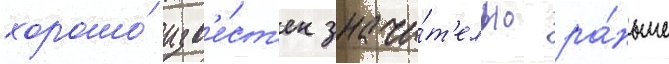
хорошо́ изв'е́ст'ен значи́т'ельно ра́ньше